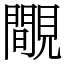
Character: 覸